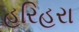
હરિહરા